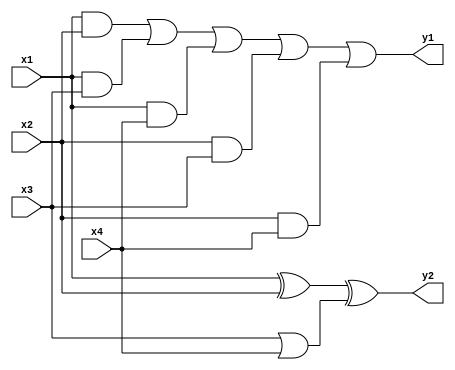


module AppComp4p2(y1, y2, x1, x2, x3, x4); 

input x1, x2, x3, x4;
output y1, y2;
wire w1, w2, w3, w4, w5, w6, w7, w8, w9, w10;

and and_1(w1, x1, x2);
and and_2(w2, x1, x3);
and and_3(w3, x1, x4);
and and_4(w4, x2, x3);
and and_5(w5, x2, x4);
or or_1(w6, w1, w2);
or or_2(w7, w6, w3);
or or_3(w8, w7, w4);
or or_4(y1, w8, w5);

xor xor_1(w9, x1, x2);
or or_5(w10, x3, x4);
xor xor_2(y2, w9, w10);

endmodule